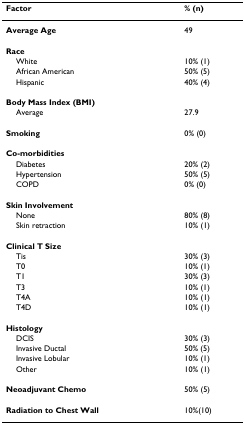
<table><thead><tr><td><b>Factor</b></td><td><b>% (n)</b></td></tr></thead><tbody><tr><td><b>Average Age</b></td><td>49</td></tr><tr><td colspan="2"><b>Race</b></td></tr><tr><td> White</td><td>10% (1)</td></tr><tr><td> African American</td><td>50% (5)</td></tr><tr><td> Hispanic</td><td>40% (4)</td></tr><tr><td colspan="2"><b>Body Mass Index (BMI)</b></td></tr><tr><td> Average</td><td>27.9</td></tr><tr><td><b>Smoking</b></td><td>0% (0)</td></tr><tr><td colspan="2"><b>Co-morbidities</b></td></tr><tr><td> Diabetes</td><td>20% (2)</td></tr><tr><td> Hypertension</td><td>50% (5)</td></tr><tr><td> COPD</td><td>0% (0)</td></tr><tr><td colspan="2"><b>Skin Involvement</b></td></tr><tr><td> None</td><td>80% (8)</td></tr><tr><td> Skin retraction</td><td>10% (1)</td></tr><tr><td colspan="2"><b>Clinical T Size</b></td></tr><tr><td> Tis</td><td>30% (3)</td></tr><tr><td> T0</td><td>10% (1)</td></tr><tr><td> T1</td><td>30% (3)</td></tr><tr><td> T3</td><td>10% (1)</td></tr><tr><td> T4A</td><td>10% (1)</td></tr><tr><td> T4D</td><td>10% (1)</td></tr><tr><td colspan="2"><b>Histology</b></td></tr><tr><td> DCIS</td><td>30% (3)</td></tr><tr><td> Invasive Ductal</td><td>50% (5)</td></tr><tr><td> Invasive Lobular</td><td>10% (1)</td></tr><tr><td> Other</td><td>10% (1)</td></tr><tr><td><b>Neoadjuvant Chemo</b></td><td>50% (5)</td></tr><tr><td><b>Radiation to Chest Wall</b></td><td>10%(10)</td></tr></tbody></table>